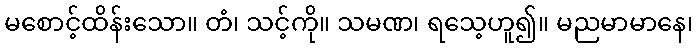
မစောင့်ထိန်းသော။ တံ၊ သင့်ကို။ သမဏ၊ ရသေ့ဟူ၍။ မညမာမာနေ၊